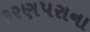
કરણપરાના